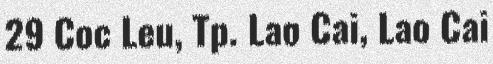
29 Coc Leu, Tp. Lao Cai, Lao Cai